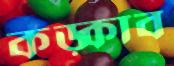
কড়্‌কাব